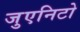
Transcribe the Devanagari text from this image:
जुएनिटो